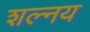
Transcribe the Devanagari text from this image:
शल्नय